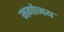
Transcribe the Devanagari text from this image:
मगोजय